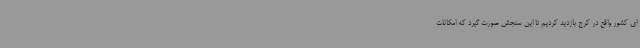
ای کشور واقع در کرج بازدید کردیم تا این سنجش صورت گیرد که امکانات